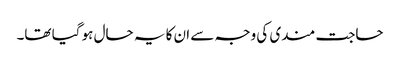
حاجت مندی کی وجہ سے ان کا یہ حال ہو گیا تھا۔